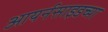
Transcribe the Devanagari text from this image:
आयर्नसाइडच्या